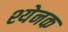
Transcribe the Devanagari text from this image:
श्येनक